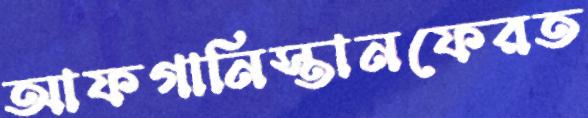
আফগানিস্তানফেরত